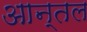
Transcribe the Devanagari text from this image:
आन्तल